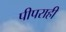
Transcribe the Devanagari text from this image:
पीपराही